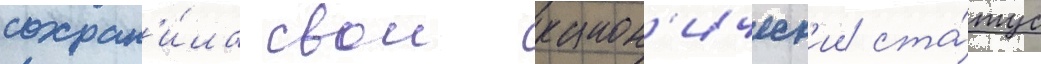
сохран'и́ла свои канон'ическ'ии ста́тус